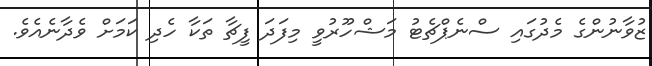
ޒުވާނުންގެ މެދުގައި ސްނެޕްޗެޓު މަޝްހޫރުވީ މިފަދަ ފީޗާ ތަކާ ހެދި ކަމަށް ވެދާނެއެވެ.